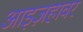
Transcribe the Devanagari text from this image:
आइज़हावर